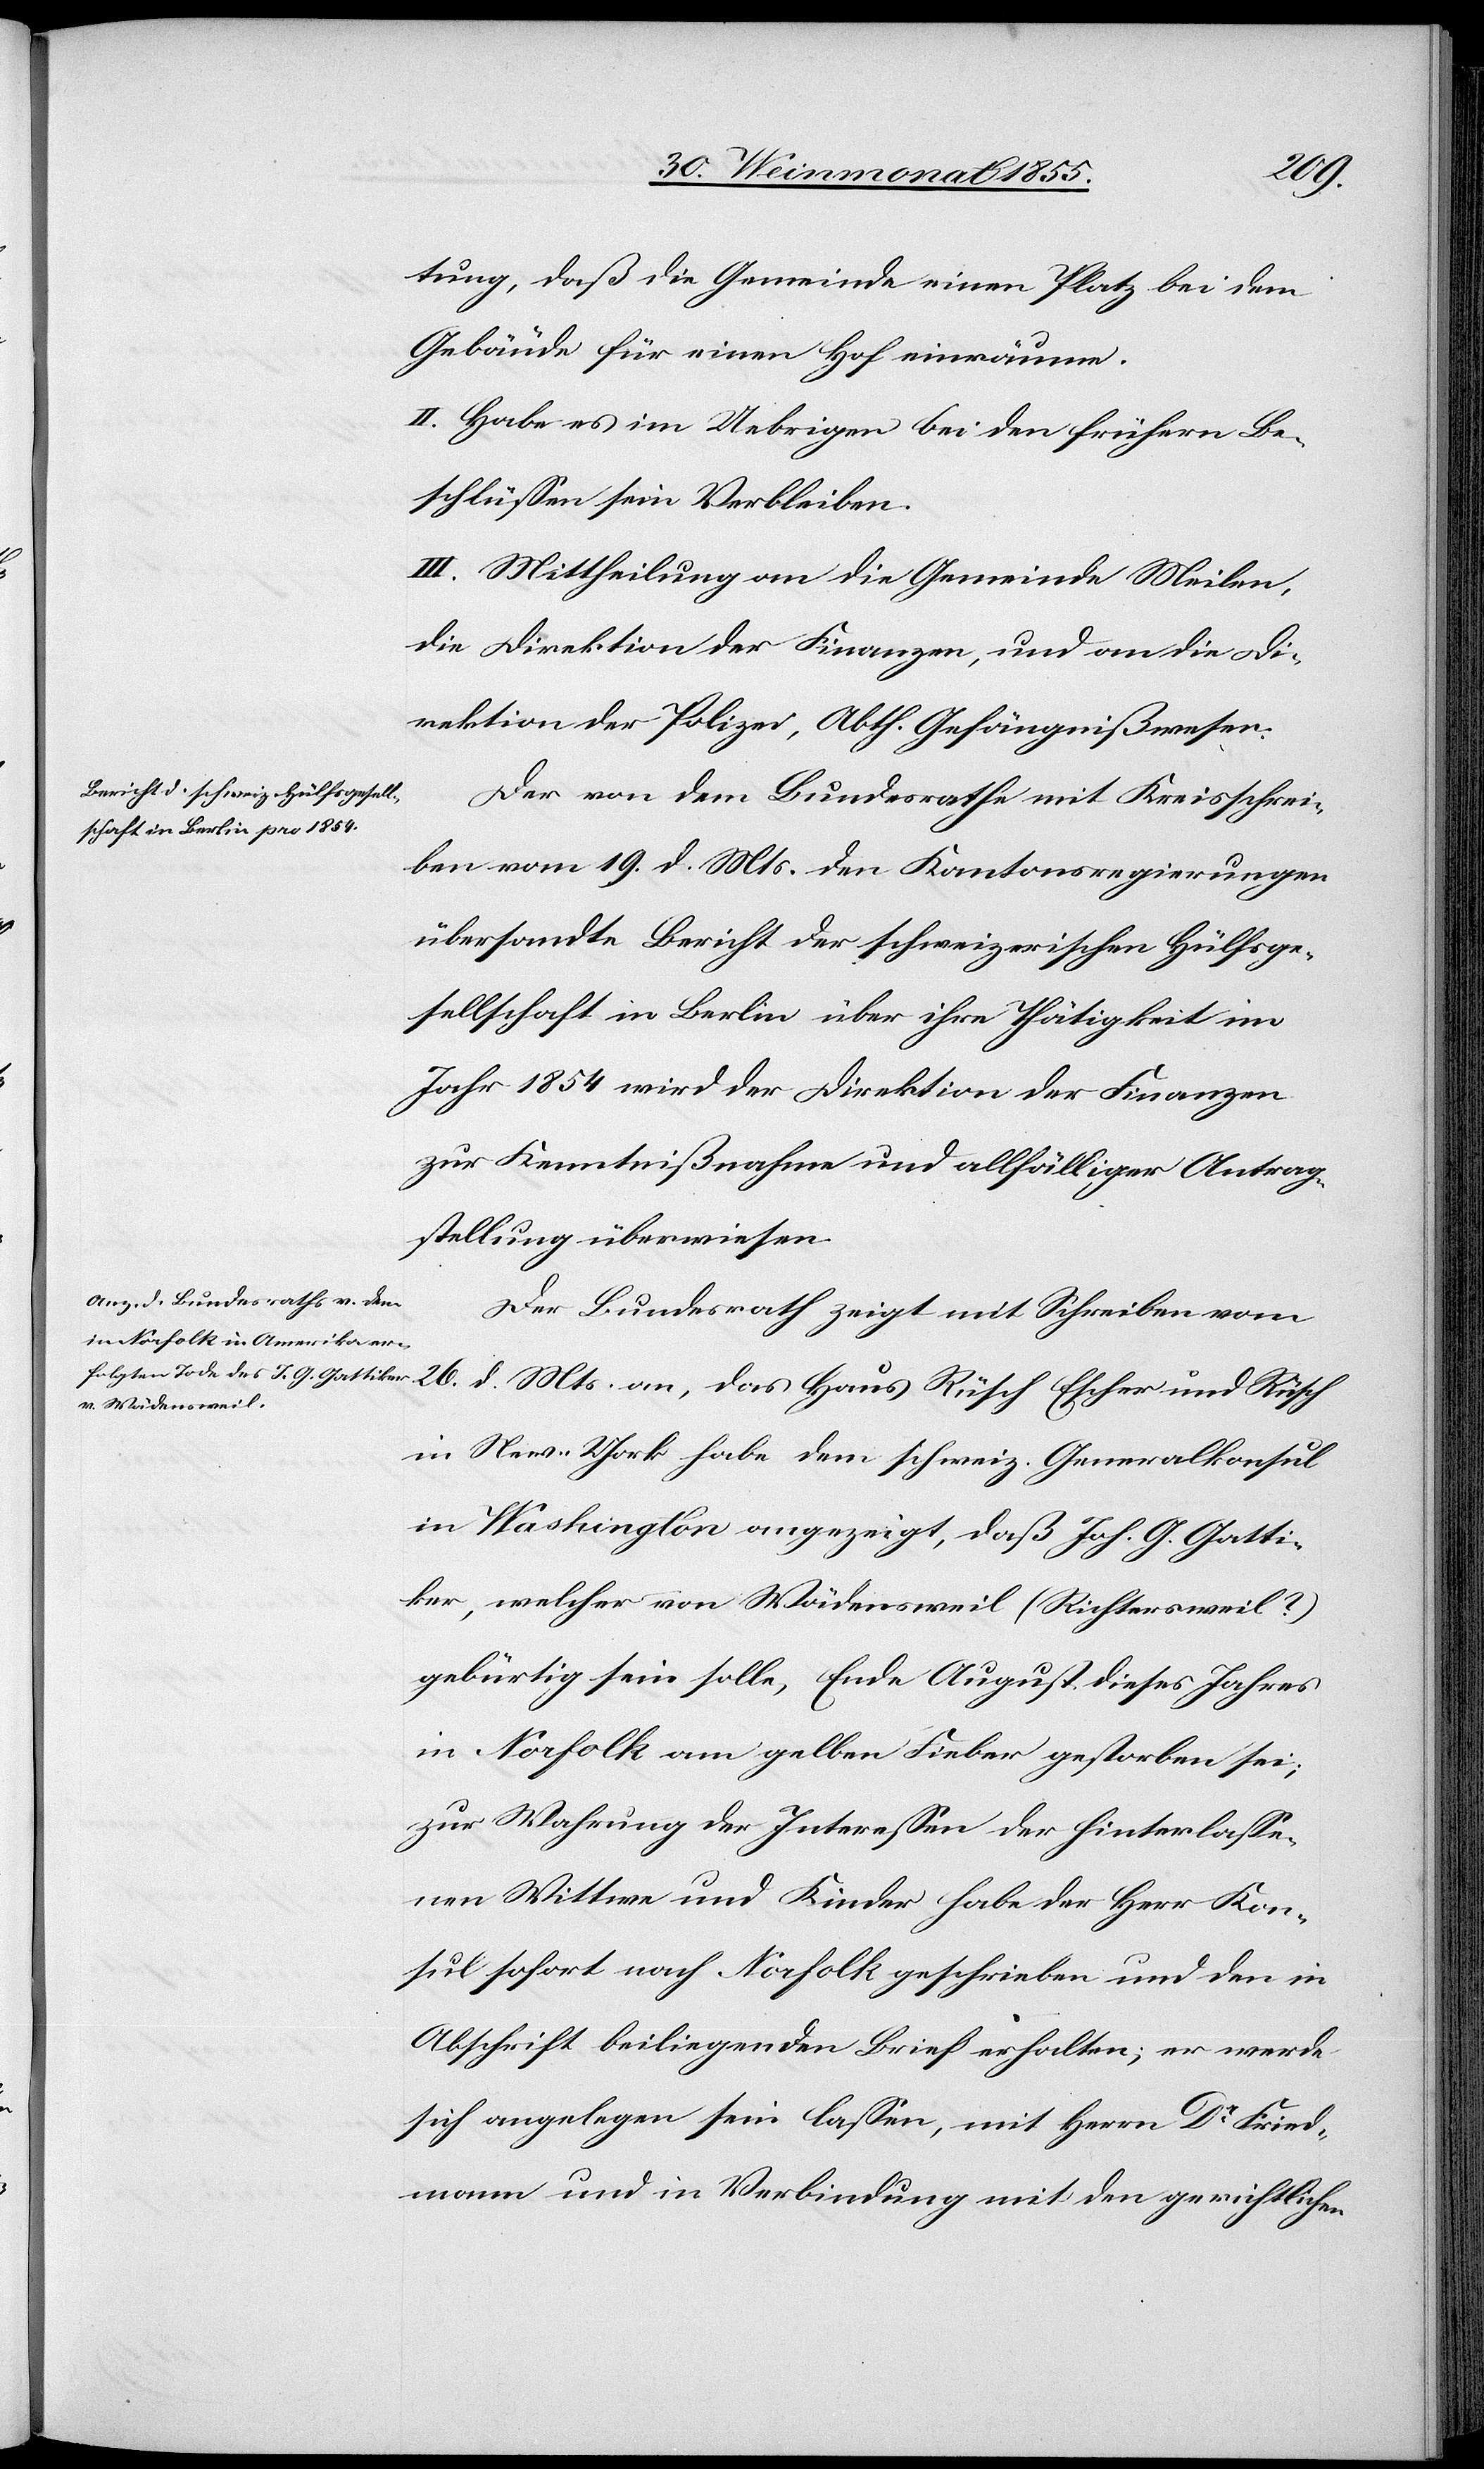
tung, daß die Gemeinde einen Platz bei dem
Gebäude für einen Hof einräume.
II. Habe es im Uebrigen bei den frühern Be¬
schlüssen sein Verbleiben.
III. Mittheilung an die Gemeinde Meilen,
die Direktion der Finanzen, und an die Di¬
rektion der Polizei, Abth. Gefängnißwesen.
Der von dem Bundesrathe mit Kreisschrei¬
ben vom 19. d. Mts. den Kantonsregierungen
übersandte Bericht der schweizerischen Hülfsge¬
sellschaft in Berlin über ihre Thätigkeit im
Jahr 1854 wird der Direktion der Finanzen
zur Kenntnißnahme und allfälliger Antrag¬
stellung überwiesen.
Der Bundesrath zeigt mit Schreiben vom
26.
d. Mts. an, das Haus Rüsch Escher und Rüsch
in New-York habe dem schweiz. Generalkonsul
in Washington angezeigt, daß Joh. G. Gatti¬
ker, welcher von Wädensweil (Richtersweil?)
gebürtig sein solle, Ende August dieses Jahres
in Norfolk am gelben Fieber gestorben sei;
zur Wahrung der Interessen der hinterlasse¬
nen Wittwe und Kinder habe der Herr Kon¬
sul sofort nach Norfolk geschrieben und den in
Abschrift beiliegenden Brief erhalten; er werde
sich angelegen sein lassen, mit Herrn Dr Fried¬
mann und in Verbindung mit den gerichtlichen